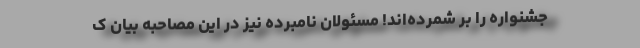
جشنواره را بر شمرده‌اند! مسئولان نامبرده نیز در این مصاحبه بیان ک